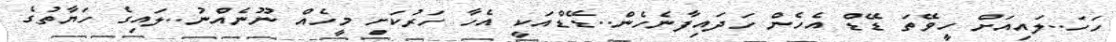
ހަހަ..ލައިއަށް ހީވޭތަ ޑޭޑް އެހެން ހަދައިފާނެހެން..ޑޭޑްއަކީ އެހާ ހަރުކަށި މީހެއް ނޫނެއްނު..ލައިގެ ހަޔާތުގެ